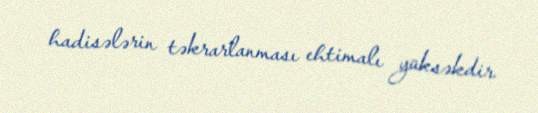
hadisələrin təkrarlanması ehtimalı yüksəkdir.